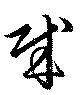
賊